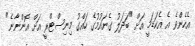
އެހެންވެ އެ އެކަޑަމީ އަށް "ބަދަލު ގެނައުމުގެ ހައްގު މިނިސްޓްރީ އަށް އޮންނާނެ"